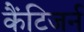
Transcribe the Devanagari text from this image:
कैंटिजर्न